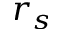
r _ { s }